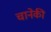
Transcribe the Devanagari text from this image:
चानेकी